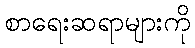
စာရေးဆရာများကို